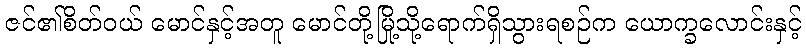
ဇင်၏စိတ်ဝယ် မောင်နှင့်အတူ မောင်တို့မြို့သို့ရောက်ရှိသွားရစဉ်က ယောက္ခလောင်းနှင့်